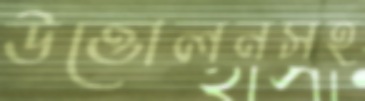
উত্তোলনসহ